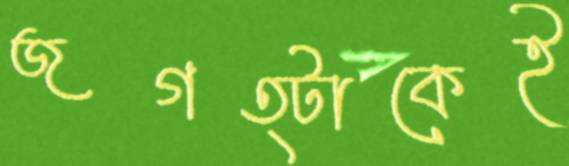
জগত্টাকেই